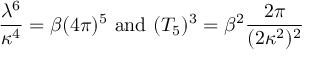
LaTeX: \frac { \lambda ^ { 6 } } { \kappa ^ { 4 } } = \beta ( 4 \pi ) ^ { 5 } \mathrm { ~ a n d ~ } ( T _ { 5 } ) ^ { 3 } = \beta ^ { 2 } \frac { 2 \pi } { ( 2 \kappa ^ { 2 } ) ^ { 2 } }